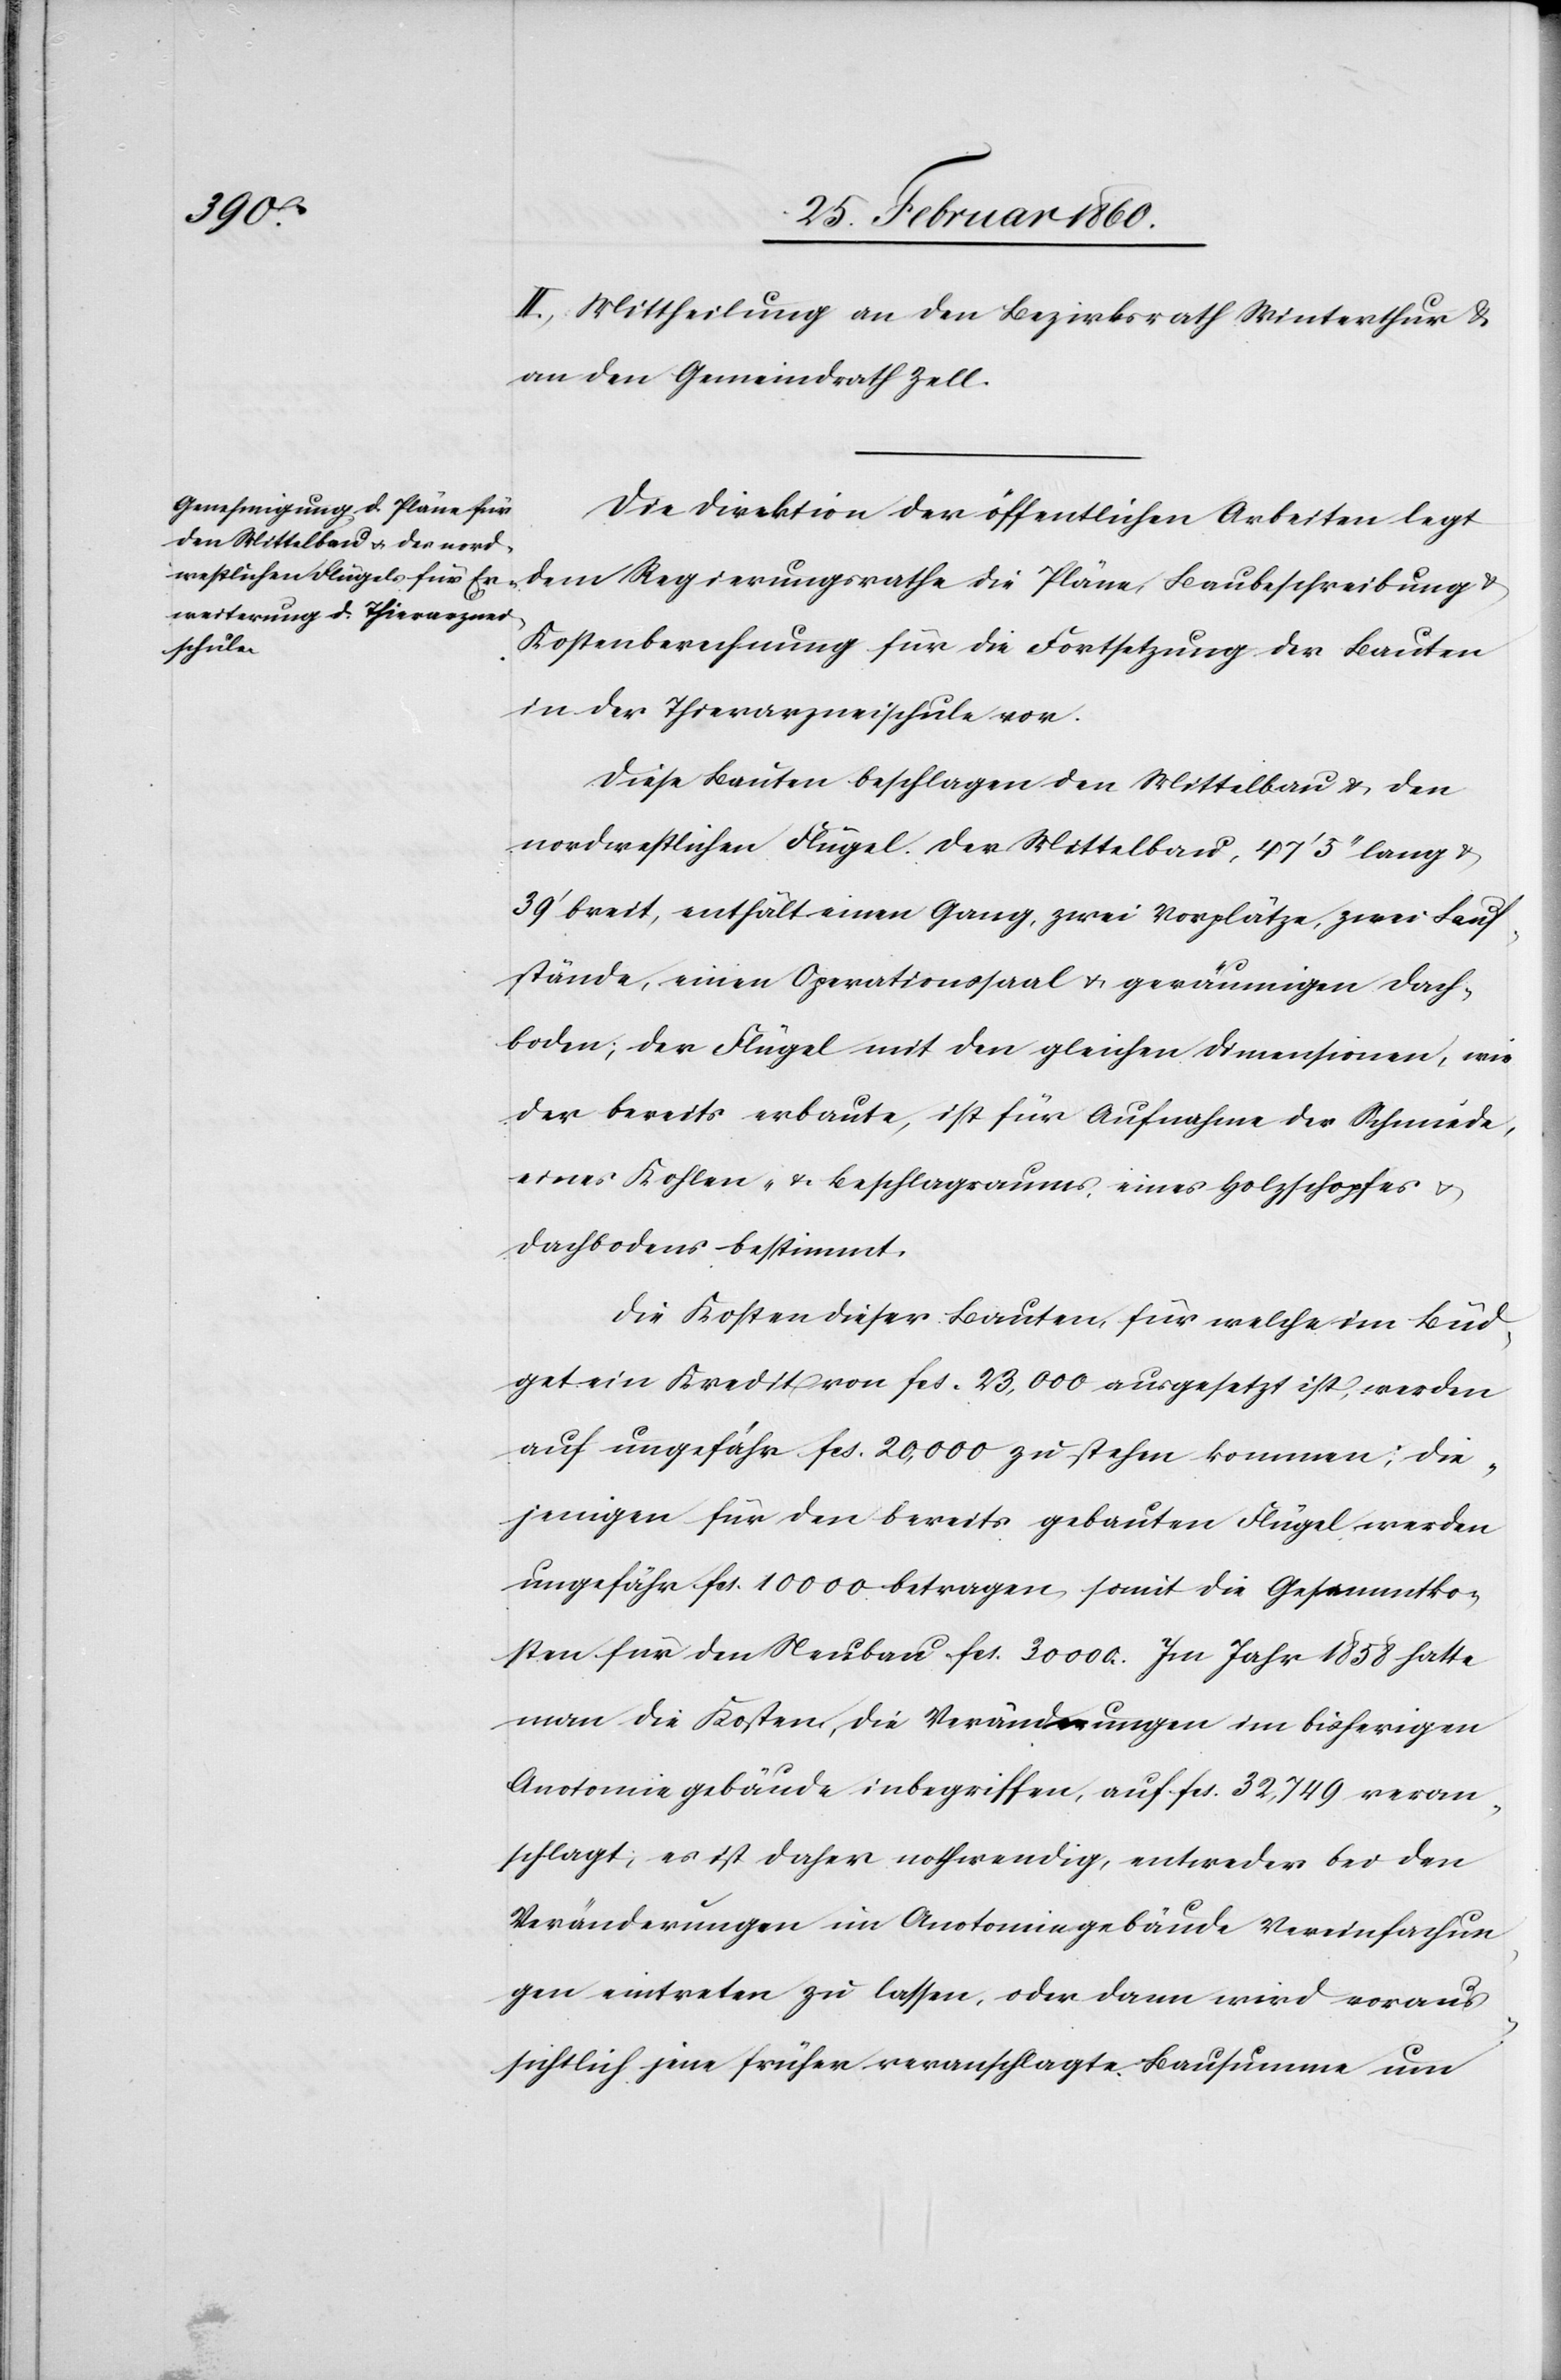
II. Mittheilung an den Bezirksrath Winterthur u.
an den Gemeindrath Zell.
Die Direktion der öffentlichen Arbeiten legt
Kostenberechnung für die Fortsetzung der Bauten
in der Thierarzneischule vor.
Diese Bauten beschlagen den Mittelbau u. den
nordwestlichen Flügel. Der Mittelbau, 47’ 5’’ lang u.
39’ breit, enthält einen Gang, zwei Vorplätze, zwei Lauf¬
stände, einen Operationssaal u,. geräumigen Dach¬
boden; der Flügel mit den gleichen Dimensionen, wie
der bereits erbaute, ist für Aufnahme der Schmiede,
eines Kohlen- u. Beschlagraums, eines Holzschopfes u.
Dachbodens bestimmt.
Die Kosten dieser Bauten, für welche im Bud¬
get ein Kredit von fcs. 23,000. ausgesetzt ist, werden
auf ungefähr fcs. 20,000 zu stehen kommen; die¬
jenigen für den bereits gebauten Flügel werden
ungefähr fcs. 10 000 betragen, somit die Gesammtko¬
sten für den Neubau fcs. 30 000. Im Jahr 1858 hatte
man die Kosten, die Veränderungen im bisherigen
Anotomiegebäude inbegriffen, auf 32,749 veran¬
schlagt; es ist daher nothwendig, entweder bei den
Veränderungen im Anotomiegebäude Vereinfachun¬
gen eintreten zu lassen, oder dann wird voraus¬
sichtlich jene frühere veranschlagte Bausumme um